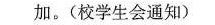
加。（校学生会通知）